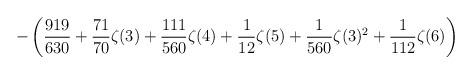
LaTeX: \begin{align*}\displaystyle-\left(\frac{919}{630}+\frac{71}{70}\zeta(3)+\frac{111}{560}\zeta(4)+\frac{1}{12}\zeta(5)+\frac{1}{560}\zeta(3)^2+\frac{1}{112}\zeta(6)\right)\end{align*}